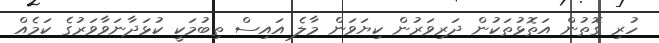
ހުރި ގޮތުން އަތޮޅުތަކުން ދަރިވަރުން ކިޔަވަން މާލެ އައިސް ތިބުމަކީ ކުޅަދާނަވާވަރުގެ ކަމެއް